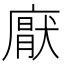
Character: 𭙵